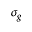
\sigma _ { g }